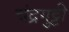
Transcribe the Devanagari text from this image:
चंद्रगुट्टी